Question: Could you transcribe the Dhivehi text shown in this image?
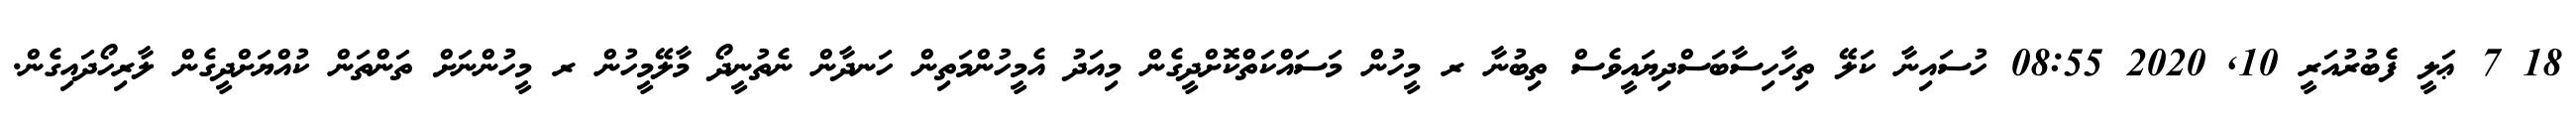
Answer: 18 7 ޢަލީ ފެބުރުއަރީ 10, 2020 08:55 ހުސައިނާ ކަލޭ ތިހާހިސާބަސްދިޔައީވެސް ތިބުނާ ރ މީހުން މަސައްކަތްކޮށްދީގެން މިއަދު އެމީހުންމަތިން ހަނދާން ނެތުނީދޯ މާލޭމީހުން ރ މީހުންނަށް ތަންތަން ކުއްޔަށްދީގެން ލާރިހޯދައިގެން.